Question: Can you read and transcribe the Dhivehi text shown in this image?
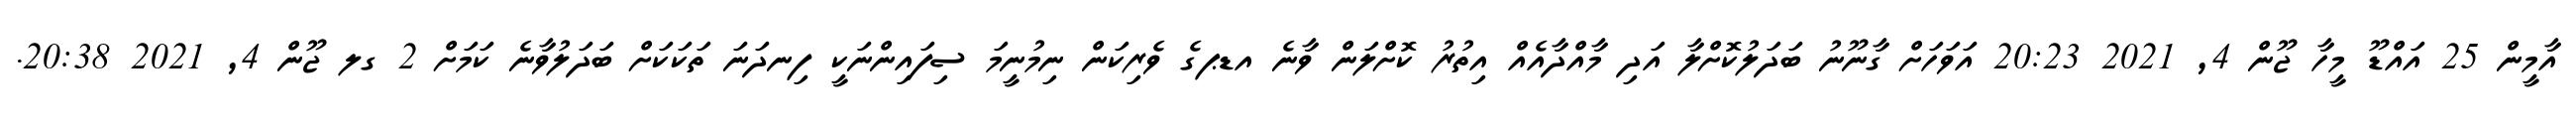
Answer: އާމީން 25 އައްޑޫ މީހާ ޖޫން 4, 2021 20:23 އަވަހަށް ގާނޫނު ބަދަލުކޮށްލާ އަދި މާއްދާއެއް އިތުރު ކޮށްލަން ވާނެ އޑޕގެ ވެރިކަން ނިމުނީމަ ސިފައިންނަކީ ފިނދަނަ ތަކަކަށް ބަދަލުވާނެ ކަމަށް 2 ގލ ޖޫން 4, 2021 20:38.